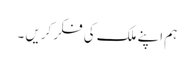
ہم اپنے ملک کی فکر کریں ۔